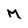
Character: M